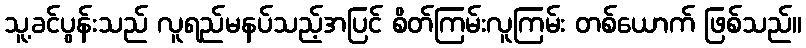
သူ့ခင်ပွန်းသည် လူရည်မနပ်သည့်အပြင် စိတ်ကြမ်းလူကြမ်း တစ်ယောက် ဖြစ်သည်။